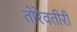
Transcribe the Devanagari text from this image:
तोरेवतीरीं